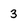
Character: 3